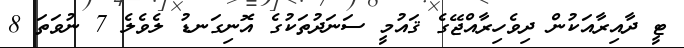
ޓީ ދާއިރާއަކުން ދިވެހިރާއްޖޭގެ ޤައުމީ ސަނަދުތަކުގެ އޮނިގަނޑު ލެވެލެ 7 ނުވަތަ 8